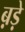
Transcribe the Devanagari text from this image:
ब़ड़े